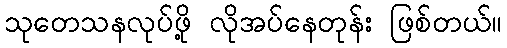
သုတေသနလုပ်ဖို့ လိုအပ်နေတုန်း ဖြစ်တယ်။